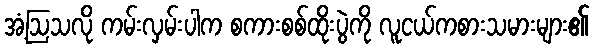
အံ့ဩသလို ကမ်းလှမ်းပါက စကားစစ်ထိုးပွဲကို လူငယ်ကစားသမားများ၏